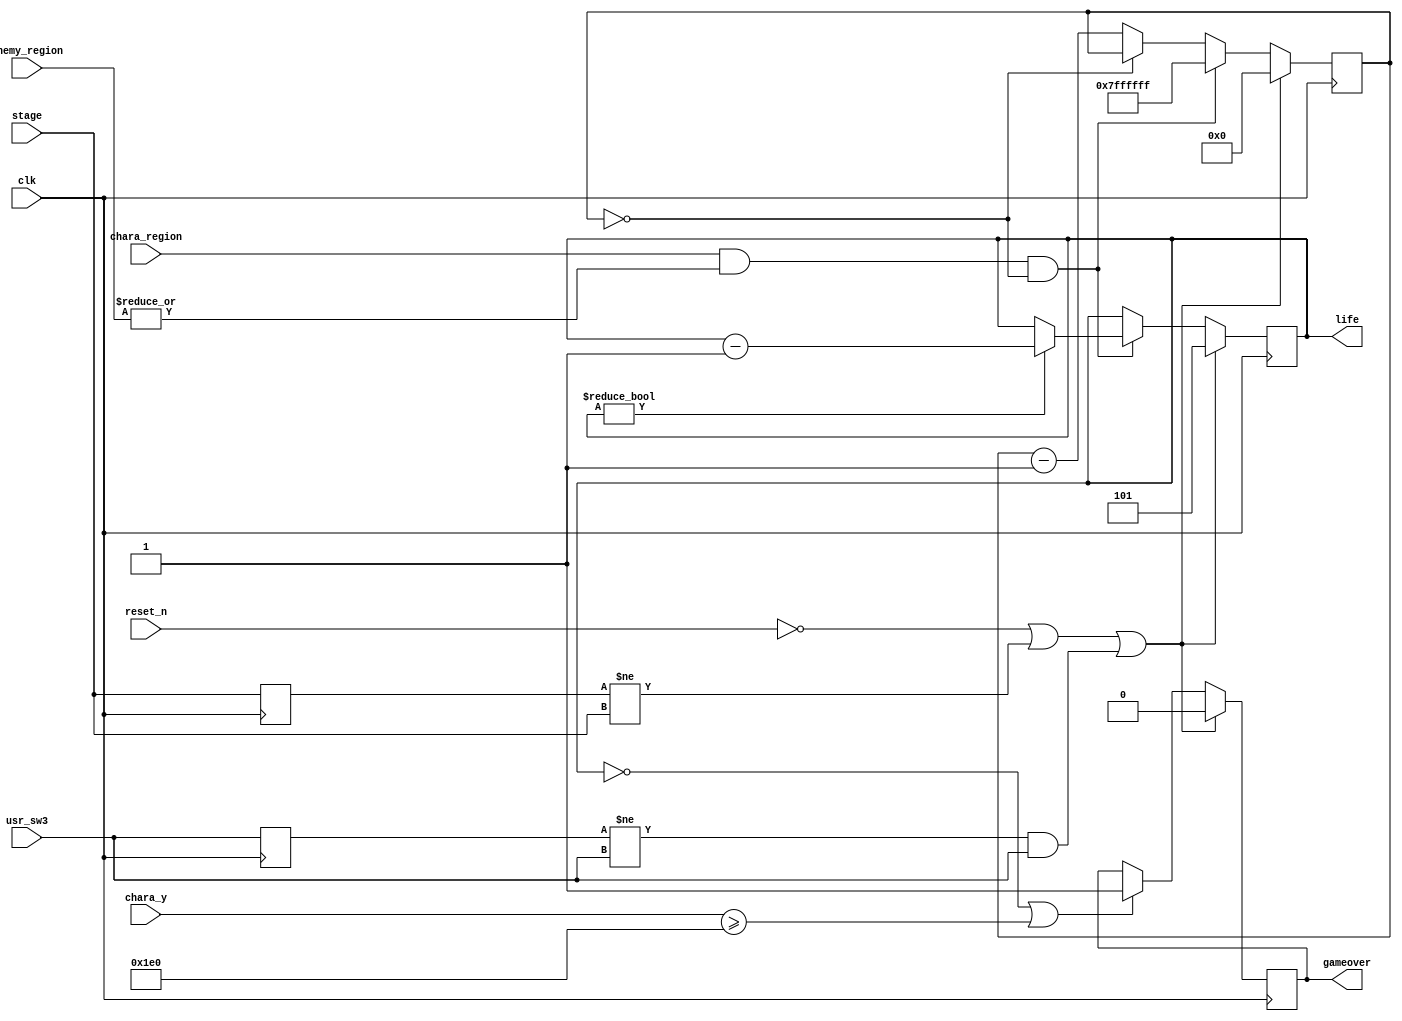
`timescale 1ns / 1ps

module life_control(
    input wire clk,
    input wire reset_n,
    input wire usr_sw3,
    input wire [3:0] stage,
    input wire [9:0] chara_y,
    input wire chara_region,
    input wire [2:0] enemy_region,
    output reg [2:0] life,
    output reg gameover
    );

localparam V_H = 480;

wire changed;
reg [3:0] prev_stage;
always @(posedge clk)begin
    prev_stage <= stage;
end
assign changed = ( prev_stage != stage );

wire changed_sw;
reg prev_sw;
always @(posedge clk)begin
    prev_sw <= usr_sw3;
end
assign changed_sw = ( prev_sw != usr_sw3 ) && usr_sw3;


reg [26:0] cooldown_time;
always @(posedge clk)begin
    if( ~reset_n || changed || changed_sw)begin
        //reset
        life <= 3'b101;
        cooldown_time <= 27'b0;
        gameover <= 1'b0;
    end else begin
        if(life == 3'b0 || chara_y >= V_H )
            gameover <= 1'b1;
        cooldown_time <= (cooldown_time==27'b0) ? cooldown_time : cooldown_time - 1'b1;
        if( chara_region && |(enemy_region) && cooldown_time==27'b0)begin
            life <= ( life != 0 ) ? life-1'b1 : life;
            cooldown_time <= 27'b111_1111_1111_1111_1111_1111_1111;
        end
    end
end

endmodule